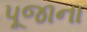
પૂજાના